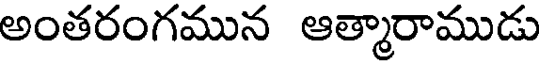
అంతరంగమున ఆత్మారాముడు